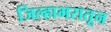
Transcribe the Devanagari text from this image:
जिल्हाभरातून